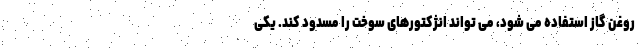
روغن گاز استفاده می شود، می تواند انژکتورهای سوخت را مسدود کند. یکی